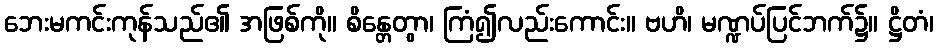
ဘေးမကင်းကုန်သည်၏ အဖြစ်ကို။ စိန္တေတွာ၊ ကြံ၍လည်းကောင်း။ ဗဟိ၊ မဏ္ဍပ်ပြင်ဘက်၌။ ဋ္ဌိတံ၊